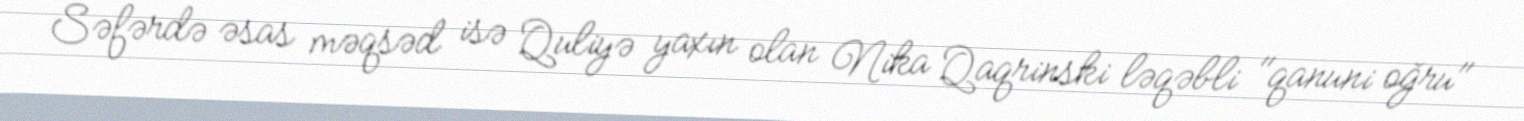
Səfərdə əsas məqsəd isə Quliyə yaxın olan Nika Qaqrinski ləqəbli "qanuni oğru"